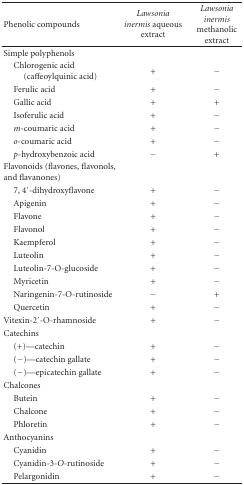
<table><thead><tr><td><b> Phenolic compounds</b></td><td><b><i>Lawsonia inermis</i> aqueous extract </b></td><td><b><i>Lawsonia inermis</i> methanolic extract</b></td></tr></thead><tbody><tr><td>Simple polyphenols</td><td></td><td></td></tr><tr><td> Chlorogenic acid(caffeoylquinic acid)</td><td>+</td><td>−</td></tr><tr><td> Ferulic acid</td><td>+</td><td>−</td></tr><tr><td> Gallic acid</td><td>+</td><td>+</td></tr><tr><td> Isoferulic acid</td><td>+</td><td>−</td></tr><tr><td> <i>m</i>-coumaric acid</td><td>+</td><td>−</td></tr><tr><td> <i>o</i>-coumaric acid</td><td>+</td><td>−</td></tr><tr><td> <i>p</i>-hydroxybenzoic acid</td><td>−</td><td>+</td></tr><tr><td>Flavonoids (flavones, flavonols, and flavanones)</td><td></td></tr><tr><td> 7, 4′-dihydroxyflavone</td><td>+</td><td>−</td></tr><tr><td> Apigenin</td><td>+</td><td>−</td></tr><tr><td> Flavone</td><td>+</td><td>−</td></tr><tr><td> Flavonol</td><td>+</td><td>−</td></tr><tr><td> Kaempferol</td><td>+</td><td>−</td></tr><tr><td> Luteolin</td><td>+</td><td>−</td></tr><tr><td> Luteolin-7-O-glucoside</td><td>+</td><td>−</td></tr><tr><td> Myricetin</td><td>+</td><td>−</td></tr><tr><td> Naringenin-7-O-rutinoside</td><td>−</td><td>+</td></tr><tr><td> Quercetin</td><td>+</td><td>−</td></tr><tr><td>Vitexin-2′-O-rhamnoside</td><td>+</td><td>−</td></tr><tr><td>Catechins</td><td></td><td></td></tr><tr><td> (+)—catechin</td><td>+</td><td>−</td></tr><tr><td> (−)—catechin gallate</td><td>+</td><td>−</td></tr><tr><td> (−)—epicatechin gallate</td><td>+</td><td>−</td></tr><tr><td>Chalcones</td><td></td><td></td></tr><tr><td> Butein</td><td>+</td><td>−</td></tr><tr><td> Chalcone</td><td>+</td><td>−</td></tr><tr><td> Phloretin</td><td>+</td><td>−</td></tr><tr><td>Anthocyanins</td><td></td><td></td></tr><tr><td> Cyanidin</td><td>+</td><td>−</td></tr><tr><td> Cyanidin-3-<i>O</i>-rutinoside</td><td>+</td><td>−</td></tr><tr><td> Pelargonidin</td><td>+</td><td>−</td></tr></tbody></table>